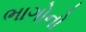
ભાગોનો